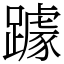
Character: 躆